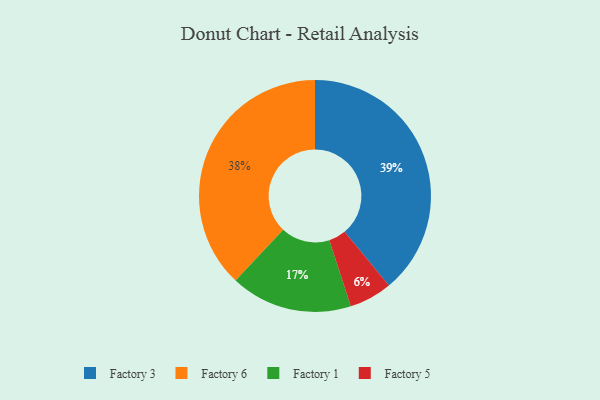
{"axis": {"x": "Category", "y": "Percentage"}, "legend": ["Factory 1", "Factory 3", "Factory 5", "Factory 6"], "data": [{"x": "Factory 5", "y": 6, "type": "Factory 5"}, {"x": "Factory 1", "y": 17, "type": "Factory 1"}, {"x": "Factory 3", "y": 39, "type": "Factory 3"}, {"x": "Factory 6", "y": 38, "type": "Factory 6"}]}